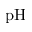
\mathrm { p H }